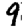
Digit: 9